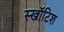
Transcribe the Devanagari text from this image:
स्खॉटिश